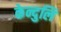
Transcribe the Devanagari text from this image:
केन्दुलि